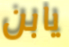
يابن